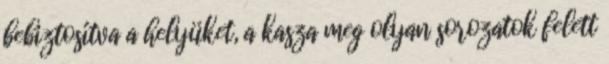
bebiztosítva a helyüket, a kasza meg olyan sorozatok felett